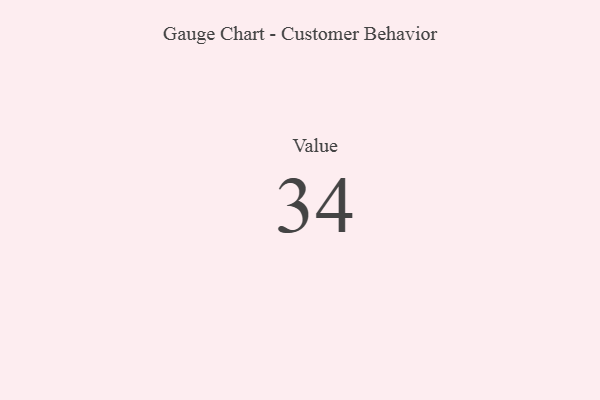
{"axis": {"x": "Metric", "y": "Value"}, "legend": [""], "data": [{"x": "Value", "y": 34, "type": ""}]}